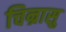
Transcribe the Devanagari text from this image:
चिन्रासु